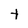
Character: t